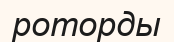
роторды